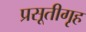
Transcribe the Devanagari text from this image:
प्रसूतीगृह